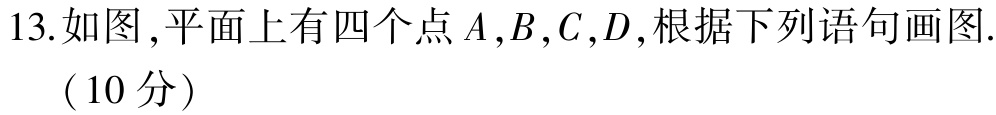
13. 如图,平面上有四个点\(A,B,C,D\),根据下列语句画图. （10分）